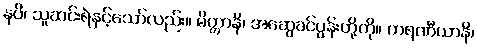
နပိ၊ သူဆင်းရဲနှင့်သော်လည်း။ မိတ္တာနိ၊ အဆွေခင်ပွန်းတို့ကို။ ကရဏီယာနိ၊